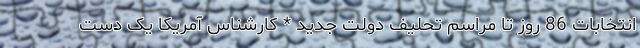
انتخابات 86 روز تا مراسم تحلیف دولت جدید * کارشناس آمریکا یک دست